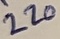
Text: 220